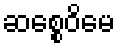
ဆစ္စေဝိမေ